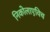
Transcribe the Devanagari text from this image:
निकोलाएविच